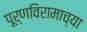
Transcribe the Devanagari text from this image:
पूर्णविरामाच्या